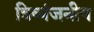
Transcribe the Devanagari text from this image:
त्रिव्यंजनीय